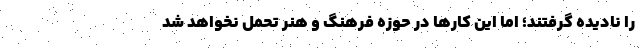
را نادیده گرفتند؛ اما این کارها در حوزه فرهنگ و هنر تحمل نخواهد شد